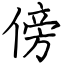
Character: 傍